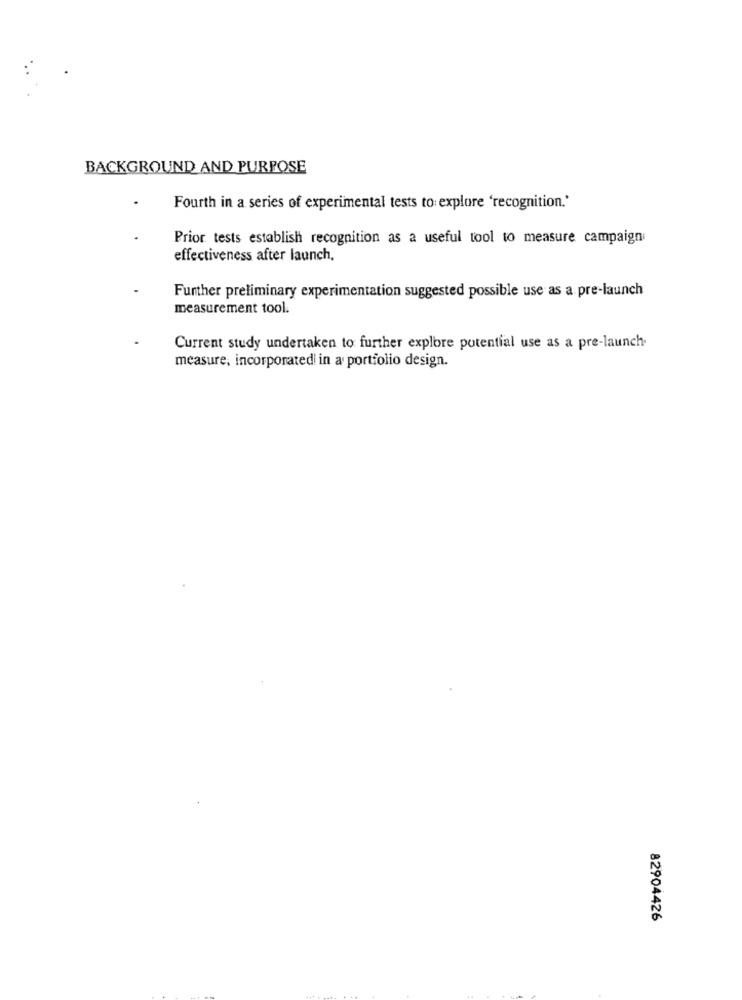
BACKGROUND AND PURPOSE
Fourth in a series of experimental tests to explore 'recognition.'
Prior tests establish recognition as a useful tool to measure campaign
effectiveness after launch,
Further preliminary experimentation suggested possible use as a pre-launch
measurement tool.
Current study undertaken to further explore potential use as a pre-launch.
measure, incorporated in a portfolio design.
82904426